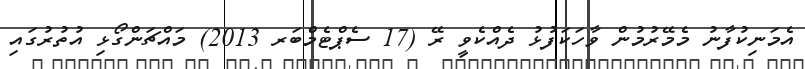
އެމަނިކުފާނު މެމޭރުމުން ވާހަކަފުޅު ދެއްކެވީ ރޭ (17 ސެޕްޓެމްބަރ 2013) މައްޗަންގޯޅި އުތުރުގައި